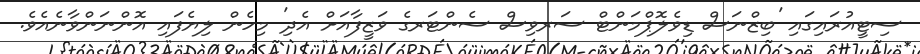
ސިޓީއުރައިގައި 'ބިޒްނަސް ޑިވެލޮޕްމަންޓް ސަރވިސް ސެންޓަރގެ ވަޒީފާއަށް އެދި' މިހެން ލިޔެފައި އޮންނަންވާނެއެވެ.